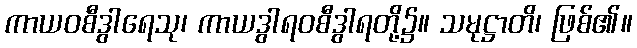
ကာယဝစီဒွါရေသု၊ ကာယဒွါရဝစီဒွါရတို့၌။ သမုဋ္ဌာတိ၊ ဖြစ်၏။